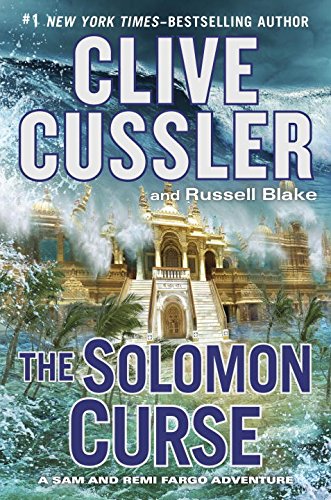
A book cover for The Solomon Curse (A Sam and Remi Fargo Adventure); Clive Cussler; Mystery, Thriller & Suspense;